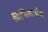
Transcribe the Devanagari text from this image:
मिथिलाचंल